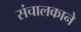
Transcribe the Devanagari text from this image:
संचालकाने